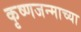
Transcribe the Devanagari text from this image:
कृष्णजन्माच्या